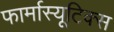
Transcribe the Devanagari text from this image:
फार्मास्यूटिक्स